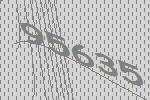
95635